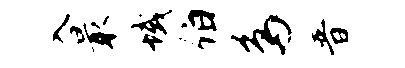
入最域伯鸟普